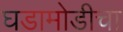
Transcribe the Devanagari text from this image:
घडामोडीचा